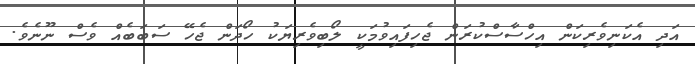
އަދި އެކަނިވެރިކަން އިހްސާސްކުރަން ޖެހިފައިވުމަކީ ލޯބިވެރިޔަކު ހޯދަން ޖެހޭ ސަބަބެއް ވެސް ނޫނެވެ.